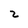
Character: 2